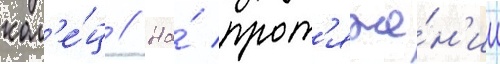
кол'е́ц // На́ прот'яже́н'ии